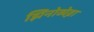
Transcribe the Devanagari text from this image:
झिनोव्येव्ना